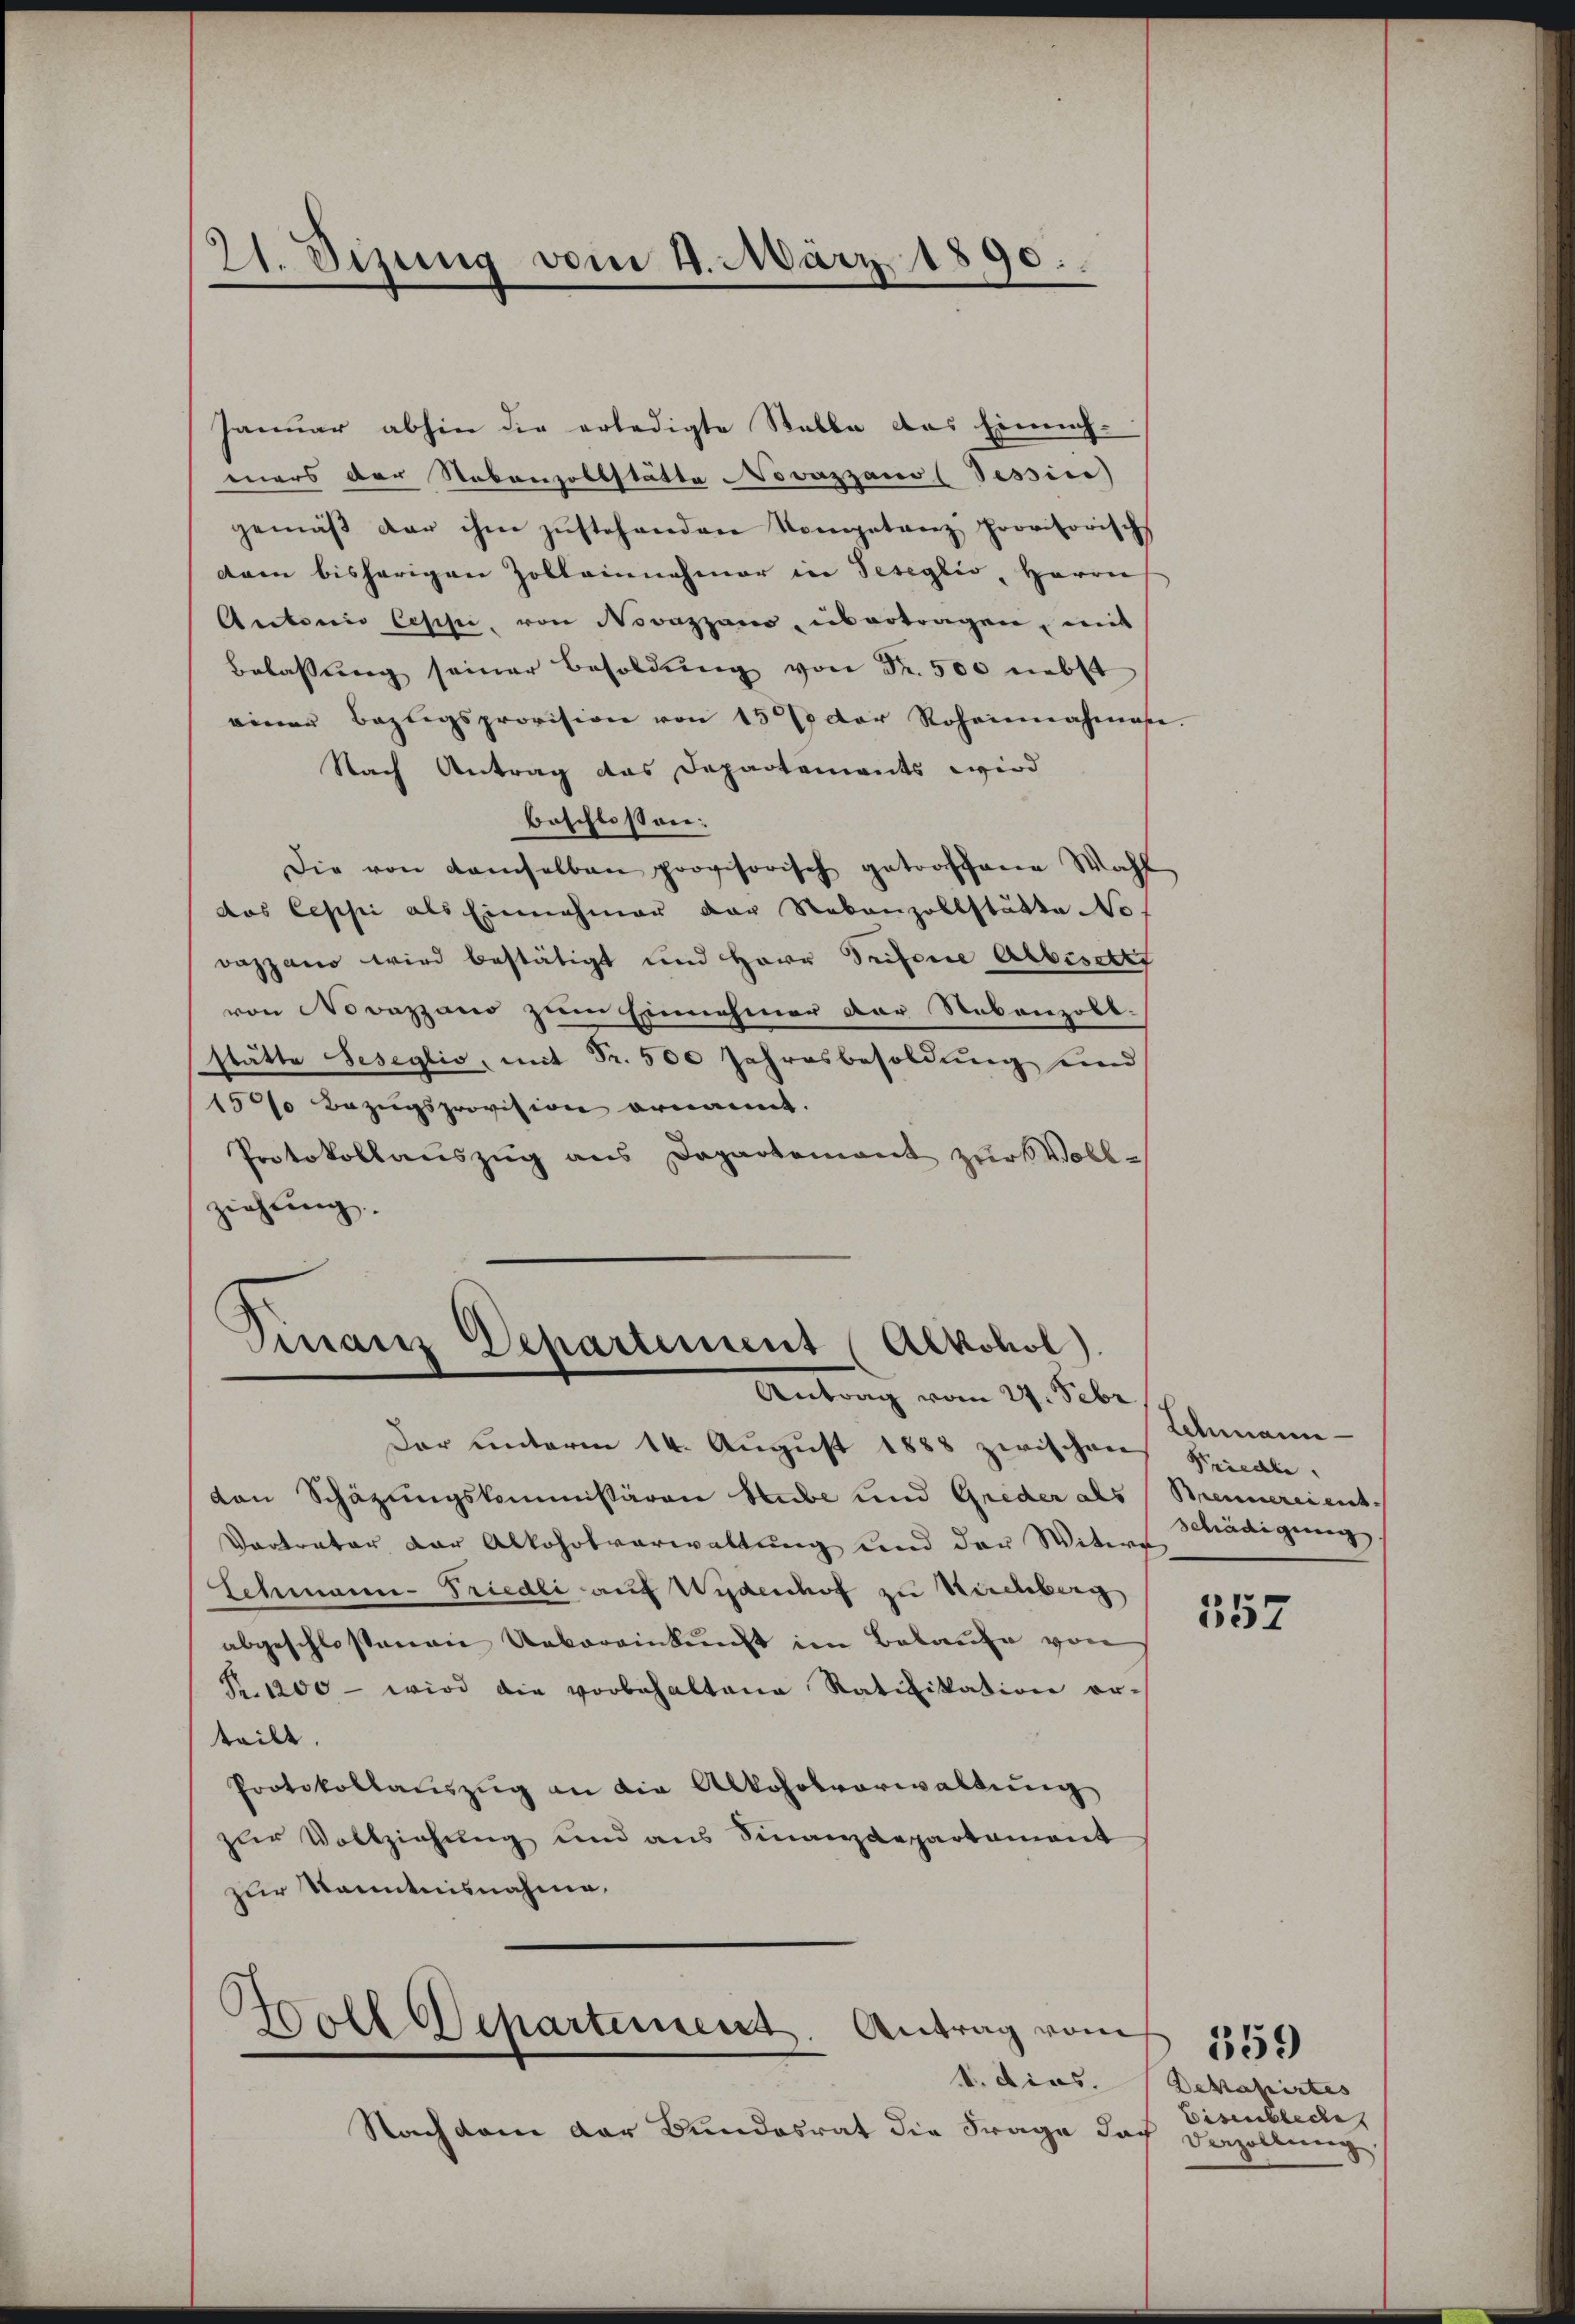
21. Dizung vom 4. März 1890.

Januar abhin die erledigte Stelle des Einnahmers der Nebenzollstätte Novazzano (Tessin
gemäβ der ihm zŭstehenden Kompetanz provisorisch
dam bisherigen Zolleinnahmer in Teseglio, Herrn
Antonio Cessi, von Novazzano ubertragen, ein
Belassŭng seiner Besoldŭng von Fr. 500 nebst
einer Bezugsprovision von 13 der Rohannahmase.
Nach Antrag das Departements wird
beschlossen:
Die von demselben provisorisch getroffene Wahl
das Ceppi als Einnahmer der Nebenzollstätte Not
vazzano wird bestätigt und Herr Trifonie Albischt
von Novazzano zum Einnahmer der Nebenzobl.
stätte Seseglio, mit Fr. 500 Jahresbesoldung und
15% Bezugsprovision ernannt.
Protokollauszug aus Departement zur Vollziehung.

Dar unterm 14. August 1888 zwischen Ricali-
von Schäzungskommissäroie Stube und Greder als Brennereient
Vortrator der Alkoholverwaltung und der Witwe
Schmann-Friedli auf Widenhof zu Kirchberg
abgeschlossenen Uebereinkunft im Belaufe von
R. 1200 - wird die vorbehaltene Ratifikation er-
teilt.
Protokollaŭszŭg an die Alkoholverwaltung
zur Vollziehung und aus Finanzdepartament
zur Kenntnisnahme.

Finanz-Departement (Alkohol.
Antrag vom 27. Febr

Woll Departement. Antrag vom
1. dies.

Nachdem der Bundesrat die Frage doch dienzollung

Schmann
schädigung. |

557

Dekapirtes
Eisenbleche

359